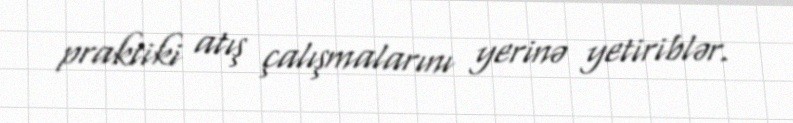
praktiki atış çalışmalarını yerinə yetiriblər.